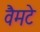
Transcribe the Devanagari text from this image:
वैमटे